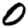
Digit: 0